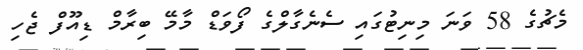
މެޗުގެ 58 ވަނަ މިނިޓުގައި ސެނެގާލްގެ ފޯވަޑް މާމޭ ބިރާމް ޑިއޫފް ޖެހި